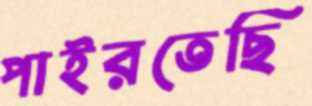
পাইরতেছি